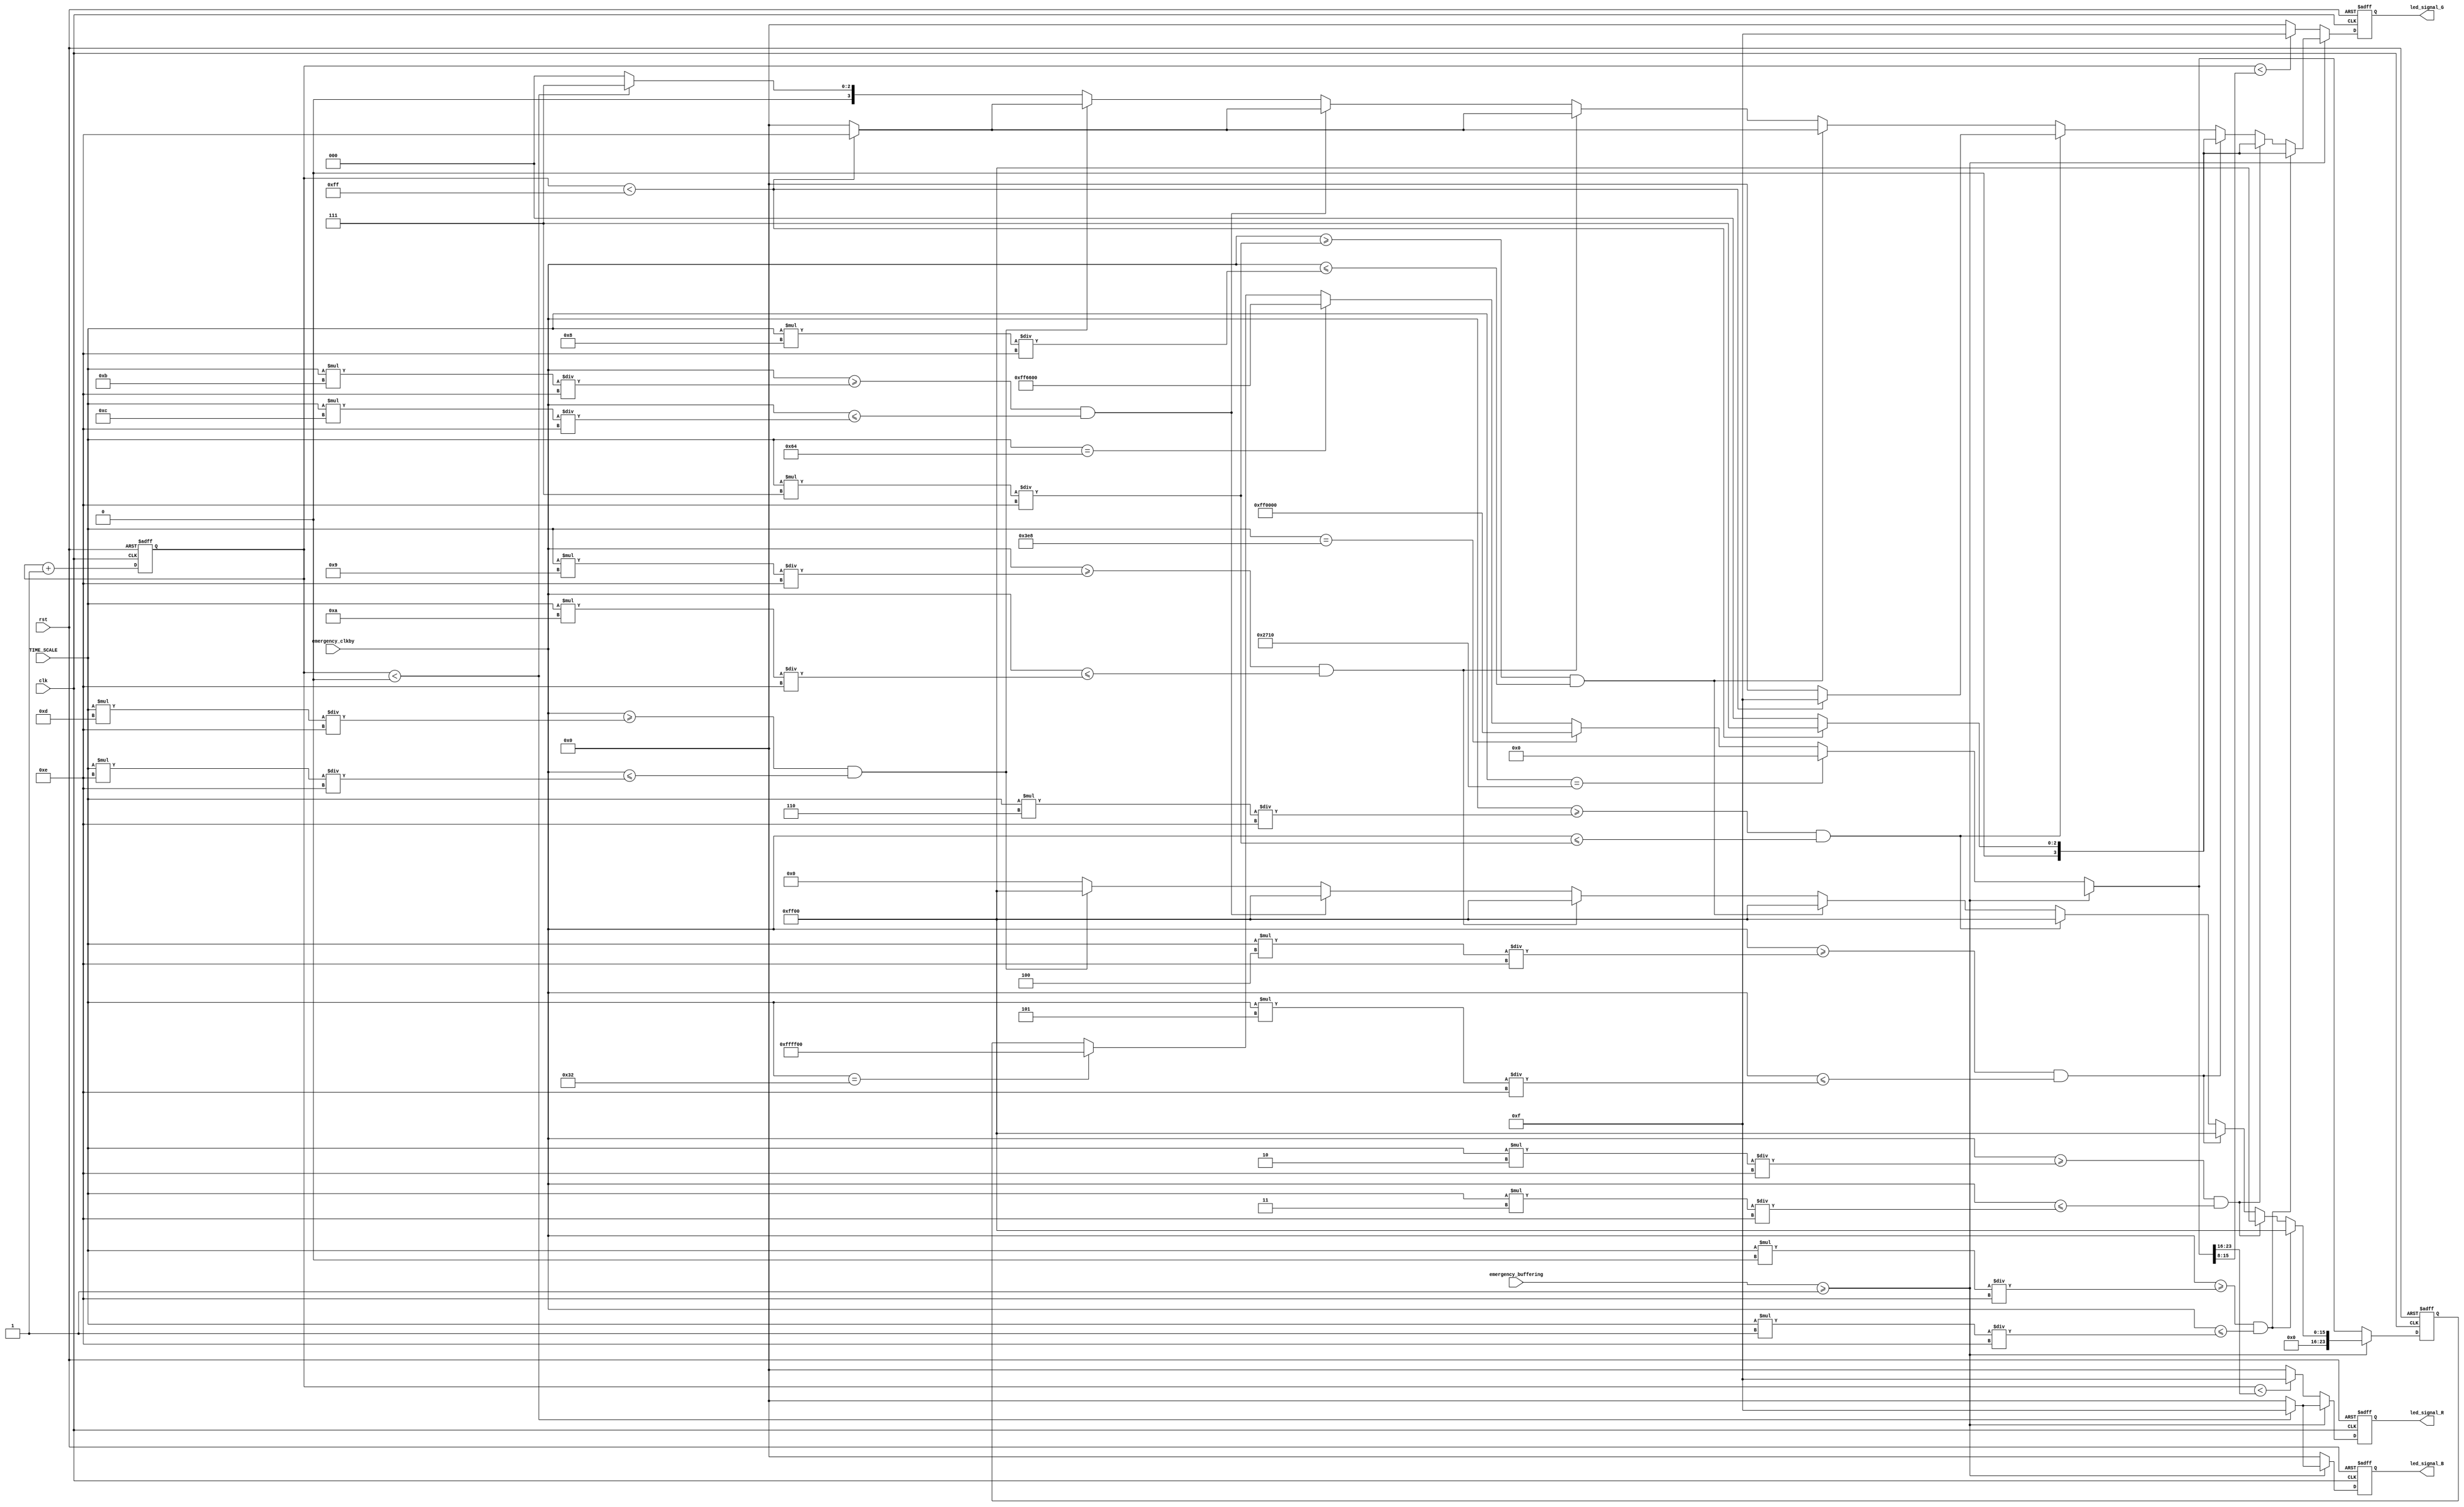
module LED(clk, rst, TIME_SCALE, emergency_buffering, emergency_clkby, led_signal_R, led_signal_G,led_signal_B);

input clk, rst;
input [47:0] TIME_SCALE;
input [7:0] emergency_buffering;
input [47:0] emergency_clkby;

reg [7:0] cnt;
reg [23:0] state;
/* 
reg [23:0] state1;
reg [23:0] state2;
reg [23:0] state3;
reg [23:0] state4;
reg [47:0] rainbow01;
reg  rainbow02;
integer rain1;
reg [7:0] cnt1;
reg [7:0] cnt1a;
*/ 
output reg [3:0] led_signal_R;
output reg [3:0] led_signal_G;
output reg [3:0] led_signal_B;

parameter red    = {8'd255, 8'd0  , 8'd0  };
parameter orange = {8'd255, 8'd102, 8'd0  };
parameter yellow = {8'd255, 8'd255, 8'd0  };
parameter green  = {8'd0  , 8'd255, 8'd0  };
parameter blue   = {8'd0  , 8'd0  , 8'd255};
parameter indigo = {8'd0  , 8'd0  , 8'd128};
parameter purple = {8'd128, 8'd0  , 8'd128};
parameter pink   = {8'd255, 8'd0  , 8'd203};
parameter white  = {8'd255, 8'd255, 8'd255};
parameter black  = {8'd0  , 8'd0  , 8'd0  };
parameter brown  = {8'd120, 8'd70 , 8'd70 };
parameter bright_yellow = {8'd192, 8'd192, 8'd0  };
parameter cyan  = {8'd0  , 8'd255 , 8'd255};



/*
always @(posedge clk or posedge rst) begin
    if(rst) state <= 24'd0;
    else begin
        if(TIME_SCALE == 10000) begin
        
        end
        else if(TIME_SCALE == 1000) begin
        
        end
        else if(TIME_SCALE == 100) begin
        
        end
        else if(TIME_SCALE == 50) begin
        
        end
    end
end
*/

always @(posedge clk or negedge rst) begin
    if(!rst) begin
        state <= 24'd0;
        led_signal_R <= 4'b0000;
        led_signal_G <= 4'b0000;
        led_signal_B <= 4'b0000;
    end
    else begin
        if(emergency_buffering >= 1) begin
                    
                        if(emergency_clkby >= (TIME_SCALE*0)/14 && emergency_clkby <= (TIME_SCALE*1)/14) begin
                            state = green;
                            if(cnt < state[23:16]) led_signal_R <= 4'b1111;
                            else led_signal_R <= 4'b0000;
                            if(cnt < state[15:8]) led_signal_G <= 4'b0111;  //1
                            else led_signal_G <= 4'b0000;
                            if(cnt < state[7:0]) led_signal_B <= 4'b1111;
                            else led_signal_B <= 4'b0000;
                        end
                        else if(emergency_clkby >= (TIME_SCALE*2)/14 && emergency_clkby <= (TIME_SCALE*3)/14) begin
                            state = green;
                            if(cnt < state[23:16]) led_signal_R <= 4'b1111;
                            else led_signal_R <= 4'b0000;
                            if(cnt < state[15:8]) led_signal_G <= 4'b0111;
                            else led_signal_G <= 4'b0000;
                            if(cnt < state[7:0]) led_signal_B <= 4'b1111;
                            else led_signal_B <= 4'b0000;
                        end
                        else if(emergency_clkby >= (TIME_SCALE*4)/14 && emergency_clkby <= (TIME_SCALE*5)/14) begin
                            state = green;
                            if(cnt < state[23:16]) led_signal_R <= 4'b1111;
                            else led_signal_R <= 4'b0000;
                            if(cnt < state[15:8]) led_signal_G <= 4'b0111;
                            else led_signal_G <= 4'b0000;
                            if(cnt < state[7:0]) led_signal_B <= 4'b1111;
                            else led_signal_B <= 4'b0000;
                        end
                        else if(emergency_clkby >= (TIME_SCALE*6)/14 && emergency_clkby <= (TIME_SCALE*7)/14) begin
                            state = green;
                            if(cnt < state[23:16]) led_signal_R <= 4'b1111;
                            else led_signal_R <= 4'b0000;
                            if(cnt < state[15:8]) led_signal_G <= 4'b01111;
                            else led_signal_G <= 4'b0000;
                            if(cnt < state[7:0]) led_signal_B <= 4'b1111;
                            else led_signal_B <= 4'b0000;
                        end
                        else if(emergency_clkby >= (TIME_SCALE*7)/14 && emergency_clkby <= (TIME_SCALE*8)/14) begin
                            state = green;
                            if(cnt < state[23:16]) led_signal_R <= 4'b1111;
                            else led_signal_R <= 4'b0000;
                            if(cnt < state[15:8]) led_signal_G <= 4'b1110;
                            else led_signal_G <= 4'b0000;
                            if(cnt < state[7:0]) led_signal_B <= 4'b1111;
                            else led_signal_B <= 4'b0000;
                        end
                        else if(emergency_clkby >= (TIME_SCALE*9)/14 && emergency_clkby <= (TIME_SCALE*10)/14) begin
                            state = green;
                            if(cnt < state[23:16]) led_signal_R <= 4'b1111;
                            else led_signal_R <= 4'b0000;
                            if(cnt < state[15:8]) led_signal_G <= 4'b1110;
                            else led_signal_G <= 4'b0000;
                            if(cnt < state[7:0]) led_signal_B <= 4'b1111;
                            else led_signal_B <= 4'b0000;
                        end
                        else if(emergency_clkby >= (TIME_SCALE*11)/14 && emergency_clkby <= (TIME_SCALE*12)/14) begin
                            state = green;
                            if(cnt < state[23:16]) led_signal_R <= 4'b1111;
                            else led_signal_R <= 4'b0000;
                            if(cnt < state[15:8]) led_signal_G <= 4'b1110;
                            else led_signal_G <= 4'b0000;
                            if(cnt < state[7:0]) led_signal_B <= 4'b1111;
                            else led_signal_B <= 4'b0000;
                        end
                        else if(emergency_clkby >= (TIME_SCALE*13)/14 && emergency_clkby <= (TIME_SCALE*14)/14) begin
                            state = green;
                            if(cnt < state[23:16]) led_signal_R <= 4'b1111;
                            else led_signal_R <= 4'b0000;
                            if(cnt < state[15:8]) led_signal_G <= 4'b1110;
                            else led_signal_G <= 4'b0000;
                            if(cnt < state[7:0]) led_signal_B <= 4'b1111;
                            else led_signal_B <= 4'b0000;
                        end
                        else begin
                            state = black;
                            if(cnt < state[23:16]) led_signal_R <= 4'b1111;
                            else led_signal_R <= 4'b0000;
                            if(cnt < state[15:8]) led_signal_G <= 4'b0111;
                            else led_signal_G <= 4'b0000;
                            if(cnt < state[7:0]) led_signal_B <= 4'b1111;
                            else led_signal_B <= 4'b0000;
                        end
                    
        end
        else begin
/*                        if(cnt<=cnt1) state = red;
                        else state = yellow; */
                        if(     TIME_SCALE == 10000) state = black;
                        else if(TIME_SCALE == 1000 ) state = red;
                        else if(TIME_SCALE == 100  ) state = orange;
                        else if(TIME_SCALE == 50   ) state = yellow;
                        
                            if(cnt < state[23:16]) begin 
                                led_signal_R = 4'b1111;
                            end
                            else begin 
                                led_signal_R = 4'b0000;
                            end
                            if(cnt < state[15:8]) begin 
                                led_signal_G = 4'b1111;
                            end
                            else begin 
                                led_signal_G = 4'b0000;
                            end
                            if(cnt < state[7:0]) begin 
                                led_signal_B = 4'b0000;
                            end
                            else begin 
                                led_signal_B = 4'b0000;
                            end
        end
        
    end
end

always @(posedge clk or negedge rst) begin
    if(!rst) begin
        cnt <= 8'b0000_0000;
    end
    else cnt <= cnt +1;
end

/*
always @(posedge clk or posedge rst) begin
    if(rst) begin
        led_signal_R <= 4'b0000;
        led_signal_G <= 4'b0000;
        led_signal_B <= 4'b0000;
    end
    else begin
        if(cnt < state[23:16]) led_signal_R <= 4'b1111;
        else led_signal_R <= 4'b0000;
        
        if(cnt < state[15:8]) led_signal_G <= 4'b1111;
        else led_signal_G <= 4'b0000;
        
        if(cnt < state[7:0]) led_signal_B <= 4'b1111;
        else led_signal_B <= 4'b0000;
    end
end
*/
/*
always @ (posedge clk or negedge rst) begin //
    if(!rst) begin
        rain1 <= 1;
    end
    else begin
        
            if(rain1==40) rain1<=1;             //try this. 
            else rain1<=rain1+1;

    end        
end

always @(posedge clk or negedge rst) begin
    if(!rst) begin
        rainbow02 <= 0;
        rainbow01 <= 0;
    end
    else begin
        if(rain1==40) begin                   //try this
            rainbow02 = 1;
        end
        
        if(rainbow02 ==1) begin
            rainbow01 = rainbow01 + 1;
            if(rainbow01 == (40)/2) begin        //=40
                rainbow01 = 0;
                rainbow02 = 0;
            end
        end
        
    end
end

always @(posedge clk or negedge rst) begin
    if(!rst) begin
        cnt1 <= 8'b0000_0000;
    end
    else begin 
        if(rain1==1)
        cnt1 = cnt1 +1;
    end
end
*/
/*
always @(posedge clk or negedge rst) begin
    if(!rst) begin
        cnt1 <= 8'b0000_0000;
    end
    else begin 
        if(rainbow01 == 1)
        cnt1 <= cnt1 +1;
    end
end

always @(posedge clk or negedge rst) begin
    if(!rst) begin
        cnt1a <= 8'b0000_0000;
    end
    else begin 
        if(rain1 == 1&&cnt1==1)
        cnt1a = cnt1a +1;
        if(cnt1a ==256) cnt1a = 0;
    end
end
        */
endmodule